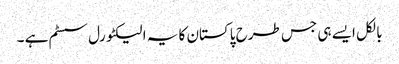
بالکل ایسے ہی جس طرح پاکستان کا یہ الیکٹورل سسٹم ہے ۔